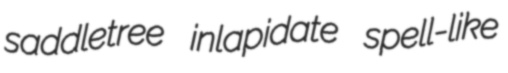
saddletree inlapidate spell-like